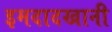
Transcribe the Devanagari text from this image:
इमदादखानी